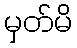
မှတ်မိ